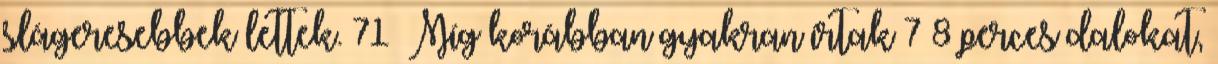
slágeresebbek lettek. 71 Míg korábban gyakran írtak 7–8 perces dalokat,